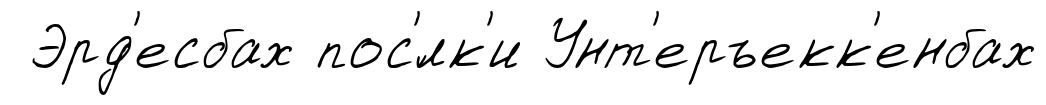
Эрд'есбах пос'́лк'и Унт'еръекк'енбах